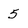
Character: 5